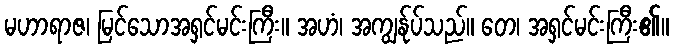
မဟာရာဇ၊ မြင်သောအရှင်မင်းကြီး။ အဟံ၊ အကျွန်ုပ်သည်။ တေ၊ အရှင်မင်းကြီး၏။